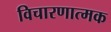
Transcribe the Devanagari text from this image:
विचारणात्मक